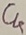
Text: C4